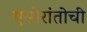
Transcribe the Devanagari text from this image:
एस्पेरांतोची